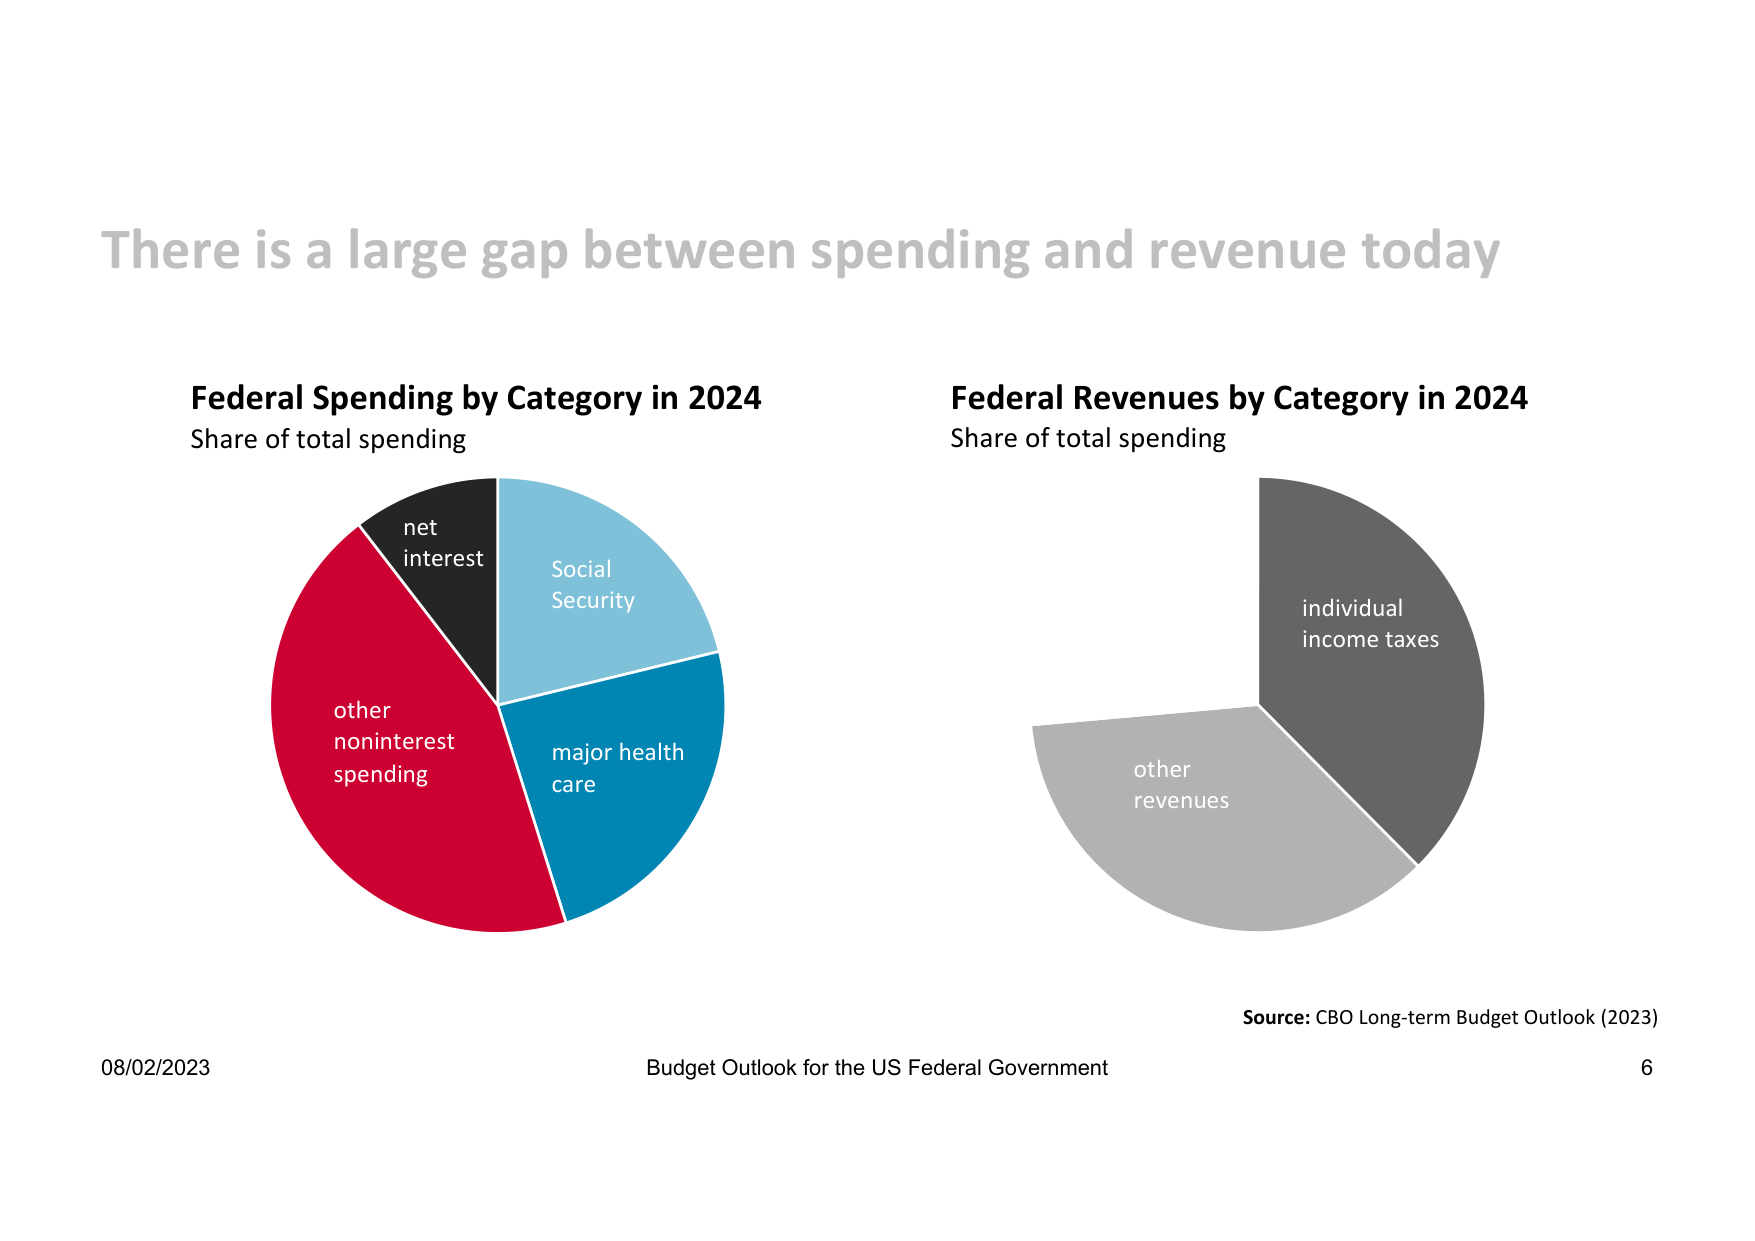
There is a large gap between spending and revenue today

Federal Spending by Category in 2024
Share of total spending
net interest
Social Security
other noninterest spending
major health care

Federal Revenues by Category in 2024
Share of total spending
individual income taxes
other revenues

Source: CBO Long-term Budget Outlook (2023)

08/02/2023
Budget Outlook for the US Federal Government
6